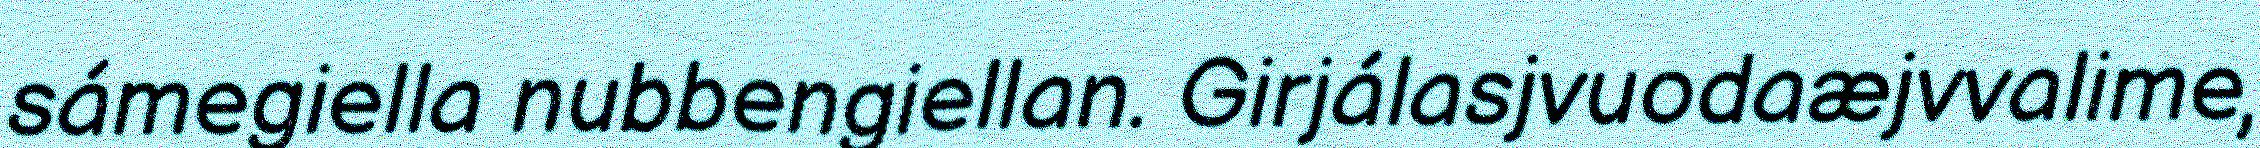
sámegiella nubbengiellan. Girjálasjvuodaæjvvalime,